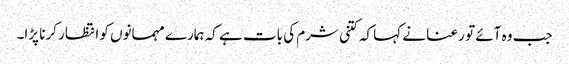
جب وہ آئے تو رعنا نے کہا کہ کتنی شرم کی بات ہے کہ ہمارے مہمانوں کو انتظار کرنا پڑا۔